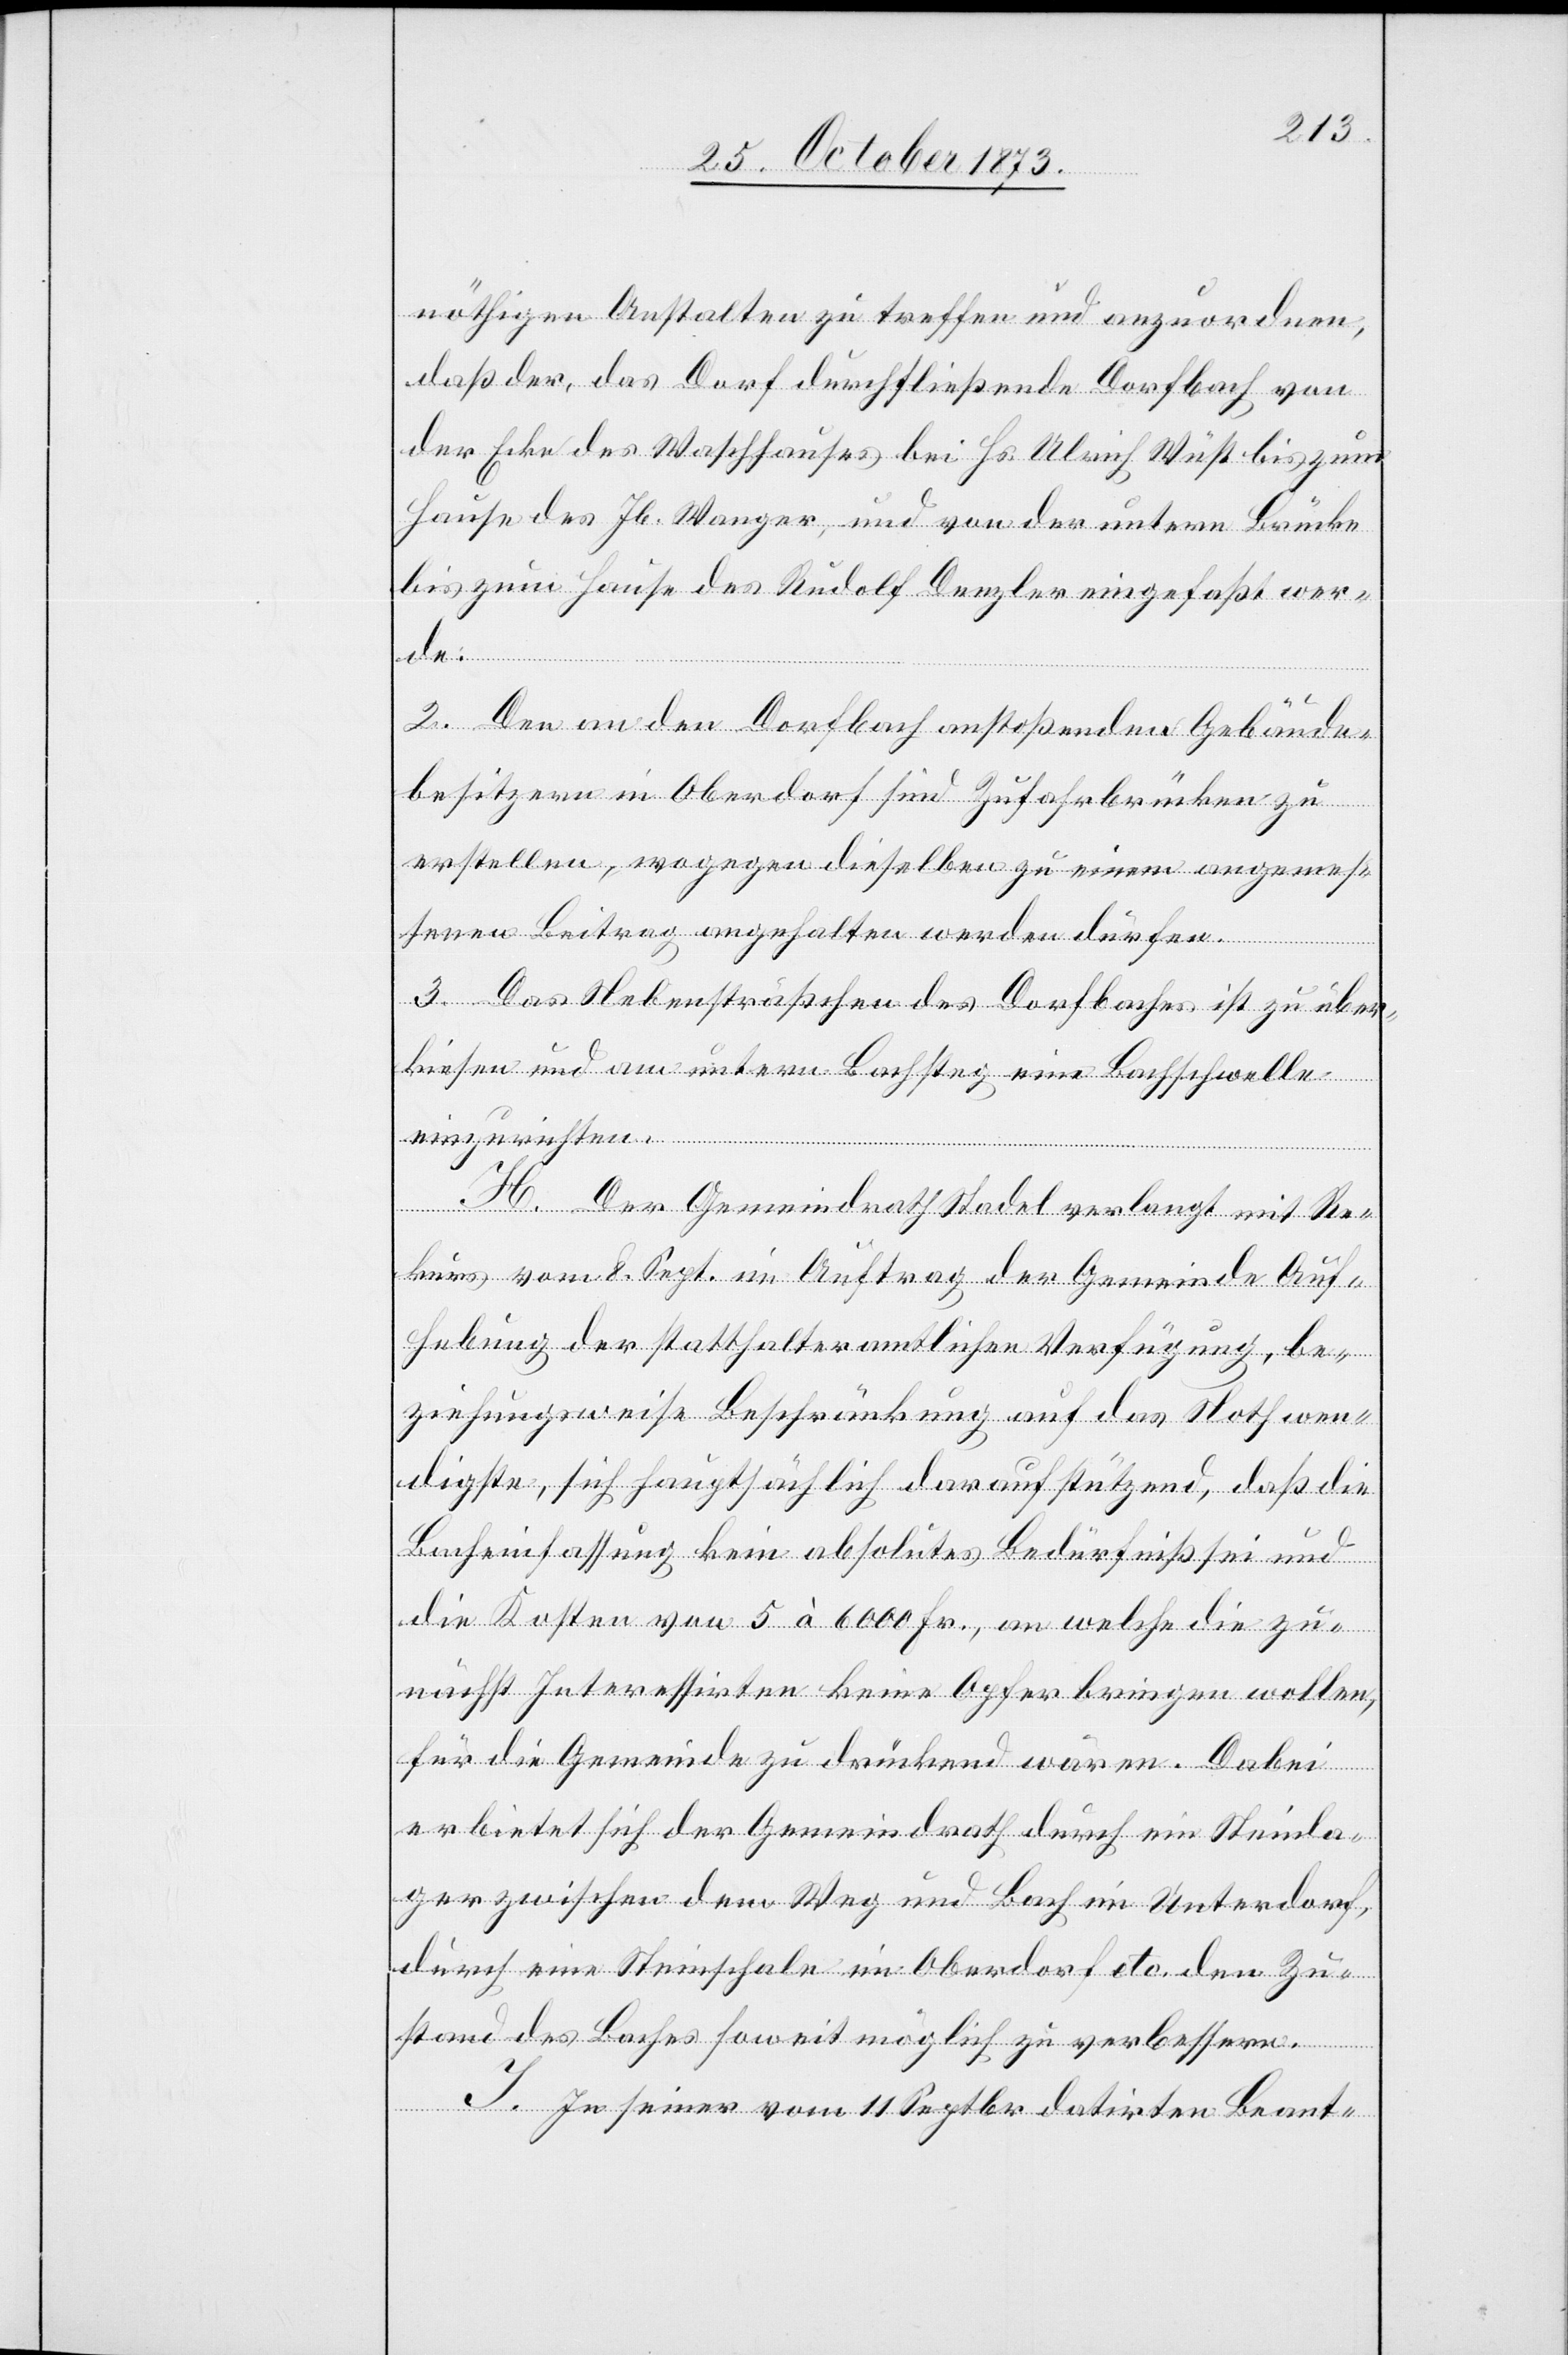
nöthigen Anstalten zu treffen und anzuordnen,
daß der, das Dorf durchfließende Dorfbach von
der Ecke des Waschhauses bei Hs. Ulrich Wüst bis zum
Hause des Jb. Wanger, und von der untern Brücke
bis zum Hause des Rudolf Denzler eingefaßt wer¬
de.
2. Den an den Dorfbach anstoßenden Gebäude¬
besitzern in Oberdorf sind Zufahrbrücken zu
erstellen, wogegen dieselben zu einem angemes¬
senen Beitrag angehalten werden dürfen.
3. Das Nebensträßchen des Dorfbaches ist zu über¬
kiesen und am untern Bachsteg eine Bachschwelle
einzurichten.
H. Der Gemeindrath Stadel verlangt mit Re¬
kurs vom 8. Sept. im Auftrag der Gemeinde Auf¬
hebung der statthalteramtlichen Verfügung, be¬
ziehungsweise Beschränkung auf das Nothwen¬
digste, sich hauptsächlich darauf stützend, daß die
Bacheinfassung kein absolutes Bedürfniß sei und
die Kosten von 5 à 6 000 Fr., an welche die zu¬
nächst Interessirten keine Opfer bringen wollen,
für die Gemeinde zu drückend wären. Dabei
erbietet sich der Gemeindrath durch ein Steinla¬
ger zwischen dem Weg und Bach im Unterdorf,
durch eine Steinschale im Oberdorf etc. den Zu¬
stand des Baches soweit möglich zu verbessern.
I. In seiner vom 11 Septbr datirten Beant-